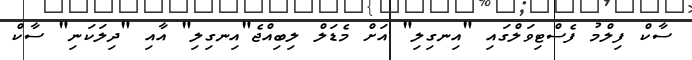
ސާކް ފިލްމު ފެސްޓިވަލްގައި "އިނގިލި" އަށް މެޑަލް ލިބިއްޖެ"އިނގިލި" އާއި "ދިލަކަނި" ސާކް